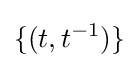
\{(t,t^{-1})\}